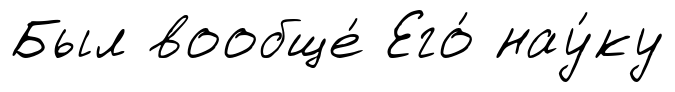
Был вообще́ Его́ нау́ку